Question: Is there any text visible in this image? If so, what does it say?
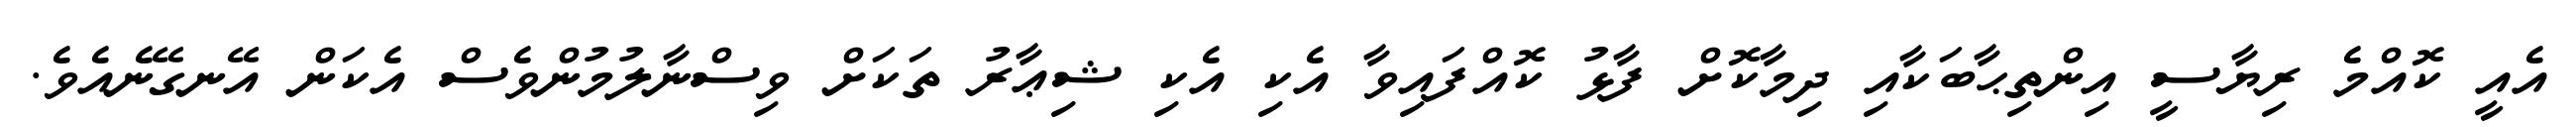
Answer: އެއީ ކޮއްމެ ރިޔާސީ އިންތިޙާބަކާއި ދިމާކޮށް ފާޅު ކޮއްފައިވާ އެކި އެކި ޝިޢާރު ތަކަށް ވިސްނާލުމުންވެސް އެކަން އޭނގޭނެއެވެ.